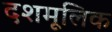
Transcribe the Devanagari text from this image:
दशमूलिक